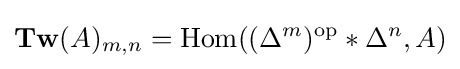
\mathbf {Tw} (A)_{m,n}=\operatorname {Hom} ((\Delta ^{m})^{\mathrm {op} }*\Delta ^{n},A)